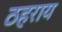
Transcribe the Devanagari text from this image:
ठहराय